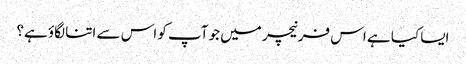
ایسا کیا ہے اس فرنیچر میں جو آپ کو اس سے اتنا لگاؤ ہے؟